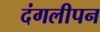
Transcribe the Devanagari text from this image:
दंगलीपन